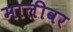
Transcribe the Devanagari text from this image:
मालीवर